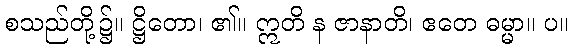
စသည်တို့၌။ ဋ္ဌိတော၊ ၏။ ဣတိ န ဇာနာတိ၊ ဧတေ ဓမ္မာ။ ပ။